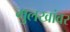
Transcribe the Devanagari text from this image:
मुलखांवर